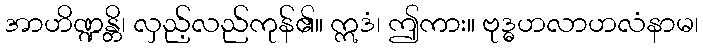
အာဟိဏ္ဍန္တိ၊ လှည့်လည်ကုန်၏။ ဣဒံ၊ ဤကား။ ဗုဒ္ဓဟလာဟလံနာမ၊